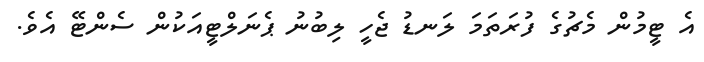
އެ ޓީމުން މެޗުގެ ފުރަތަމަ ލަނޑު ޖެހީ ލިބުނު ޕެނަލްޓީއަކުން ސެންޓޭ އެވެ.